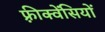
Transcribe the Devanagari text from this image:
फ़्रीक्वेंसियों